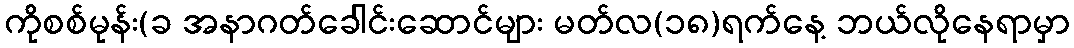
ကိုစစ်မုန်း(ခ အနာဂတ်ခေါင်းဆောင်များ မတ်လ(၁၈)ရက်နေ့ ဘယ်လိုနေရာမှာ